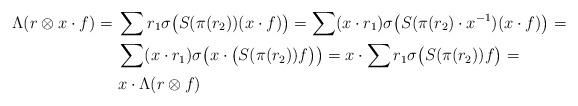
LaTeX: \begin{align*}\Lambda(r \otimes x\cdot f) =&\ \sum r_{1}\sigma\bigl(S(\pi(r_{2}))(x\cdot f)\bigr) = \sum (x\cdot r_{1})\sigma\bigl(S(\pi(r_{2})\cdot x^{-1})(x\cdot f)\bigr)=\\ & \ \sum(x\cdot r_{1})\sigma \bigl(x\cdot\bigl(S(\pi(r_{2})) f\bigr)\bigr)=x\cdot \sum r_{1} \sigma \bigl(S(\pi(r_{2})) f\bigr)=\\ & \ x\cdot\Lambda(r \otimes f)\end{align*}